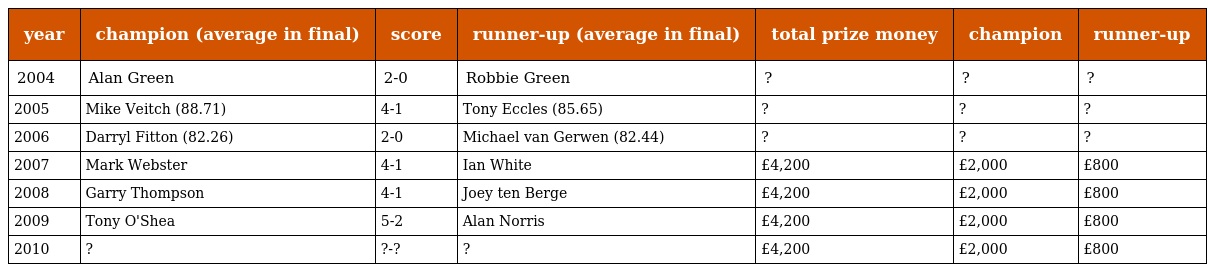
| year | champion (average in final) | score | runner-up (average in final) | total prize money | champion | runner-up |
 | --- | --- | --- | --- | --- | --- | --- |
 | 2004 | Alan Green | 2-0 | Robbie Green | ? | ? | ? |
 | 2005 | Mike Veitch (88.71) | 4-1 | Tony Eccles (85.65) | ? | ? | ? |
 | 2006 | Darryl Fitton (82.26) | 2-0 | Michael van Gerwen (82.44) | ? | ? | ? |
 | 2007 | Mark Webster | 4-1 | Ian White | £4,200 | £2,000 | £800 |
 | 2008 | Garry Thompson | 4-1 | Joey ten Berge | £4,200 | £2,000 | £800 |
 | 2009 | Tony O'Shea | 5-2 | Alan Norris | £4,200 | £2,000 | £800 |
 | 2010 | ? | ?-? | ? | £4,200 | £2,000 | £800 |